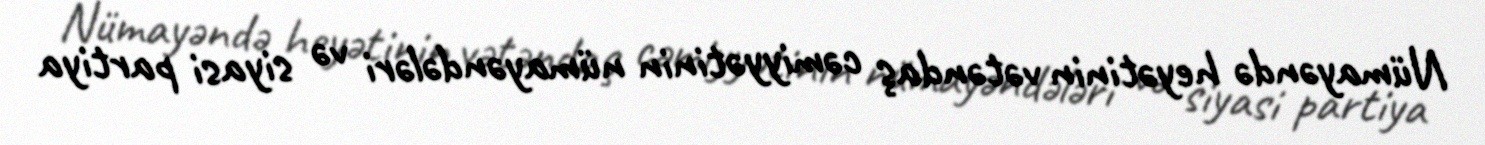
Nümayəndə heyətinin vətəndaş cəmiyyətinin nümayəndələri və siyasi partiya